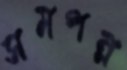
সমপন্ন